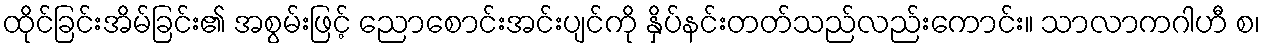
ထိုင်ခြင်းအိမ်ခြင်း၏ အစွမ်းဖြင့် ညောစောင်းအင်းပျင်ကို နှိပ်နင်းတတ်သည်လည်းကောင်း။ သာလာကဂါဟီ စ၊